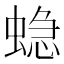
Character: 𮔤